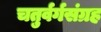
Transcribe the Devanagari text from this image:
चतुर्वर्गसंग्रह